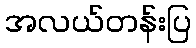
အလယ်တန်းပြ